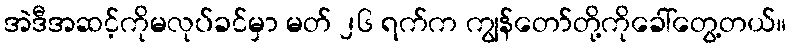
အဲဒီအဆင့်ကိုမလုပ်ခင်မှာ မတ် ၂၆ ရက်က ကျွန်တော်တို့ကိုခေါ်တွေ့တယ်။